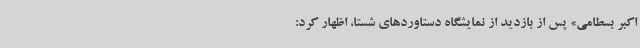
اکبر بسطامی» پس از بازدید از نمایشگاه دستاوردهای شستا، اظهار کرد: